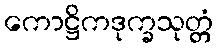
ကောဋ္ဌိကဒုက္ခသုတ္တံ